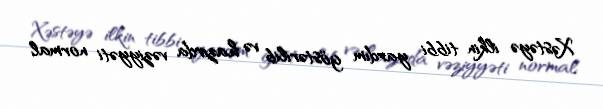
Xəstəyə ilkin tibbi yardım göstərilib və hazırda vəziyyəti normal